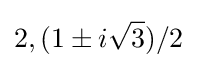
2,(1\pm i{\sqrt {3}})/2